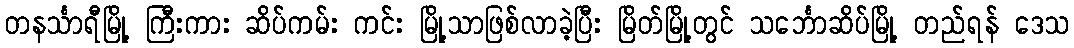
တနင်္သာရီမြို့ ကြီးကား ဆိပ်ကမ်း ကင်း မြို့သာဖြစ်လာခဲ့ပြီး မြိတ်မြို့တွင် သင်္ဘောဆိပ်မြို့ တည်ရန် ဒေသ